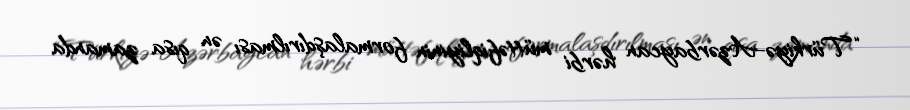
“Türkiyə-Azərbaycan hərbi müttəfiqliyinin formalaşdırılması ən qısa zamanda